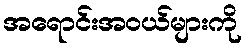
အရောင်းအဝယ်များကို